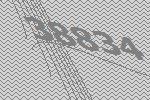
38834